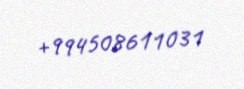
+994508611031